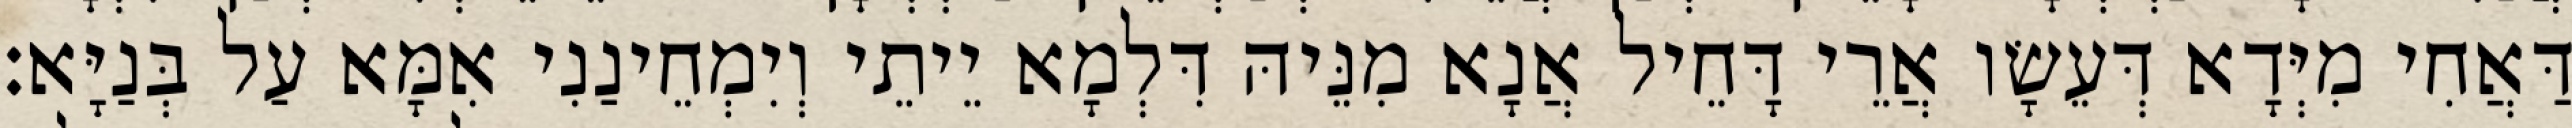
דַּאֲחִי מִיְּדָא דְּעֵשָׂו אֲרֵי דָּחֵיל אֲנָא מִנֵּיהּ דִּלְמָא יֵיתֵי וְיִמְחֵינַנִי אִמָּא עַל בְּנַיָּא׃